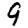
Digit: 9